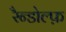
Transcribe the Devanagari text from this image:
रैन्डोल्फ़